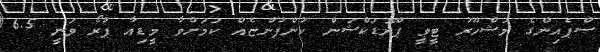
ސްޕެއިންގެ މަޝްހޫރު ޓީވީ ޕްރޮޑަކްޝަން ކުންފުންޏެއް ކަމަށްވާ މީޑިއާ ޕުރޯ ވަނީ 6.5